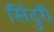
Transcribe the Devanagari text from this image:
सिंदुरी